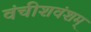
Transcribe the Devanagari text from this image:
वंचीशवंशम्